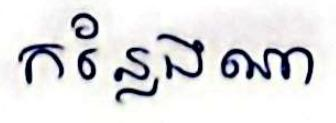
កន្លែងណា